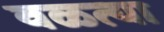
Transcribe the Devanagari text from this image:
वळत्या